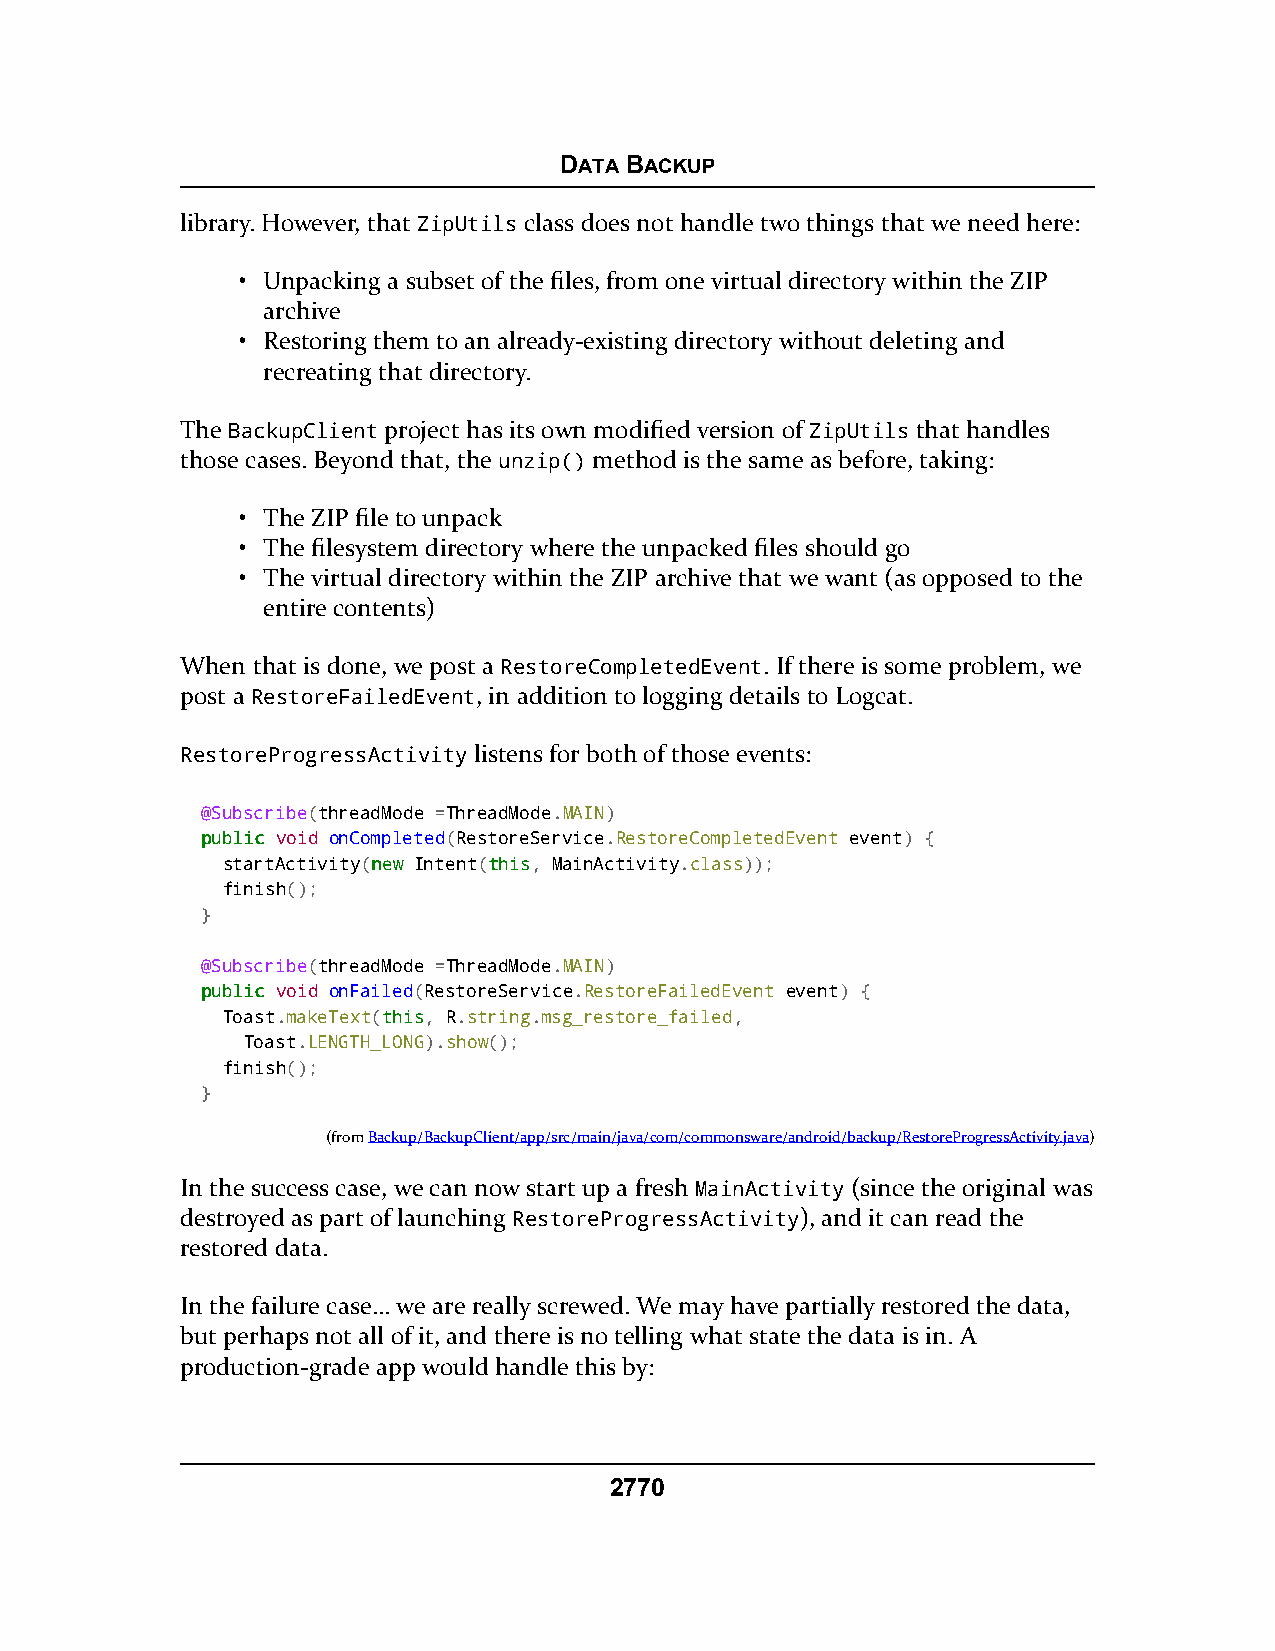
DATA BACKUP
 library. However, that ZipUtils class does not handle two things that we need here:
 • Unpacking a subset of the files, from one virtual directory within the ZIP
 archive
 • Restoring them to an already-existing directory without deleting and
 recreating that directory.
 The BackupClient project has its own modified version of ZipUtils that handles
 those cases. Beyond that, the unzip() method is the same as before, taking:
 • The ZIP file to unpack
 • The filesystem directory where the unpacked files should go
 • The virtual directory within the ZIP archive that we want (as opposed to the
 entire contents)
 When that is done, we post a RestoreCompletedEvent. If there is some problem, we
 post a RestoreFailedEvent, in addition to logging details to Logcat.
 RestoreProgressActivity listens for both of those events:
 @Subscribe(threadMode =ThreadMode.MAIN)
 ppuubblliicc void onCompleted(RestoreService.RestoreCompletedEvent event) {
 startActivity(nneeww Intent(tthhiiss, MainActivity.class));
 finish();
 }
 @Subscribe(threadMode =ThreadMode.MAIN)
 ppuubblliicc void onFailed(RestoreService.RestoreFailedEvent event) {
 Toast.makeText(tthhiiss, R.string.msg_restore_failed,
 Toast.LENGTH_LONG).show();
 finish();
 }
 (fromBackup/BackupClient/app/src/main/java/com/commonsware/android/backup/RestoreProgressActivity.java)
 In the success case, we can now start up a fresh MainActivity (since the original was
 destroyed as part of launching RestoreProgressActivity), and it can read the
 restored data.
 In the failure case… we are really screwed. We may have partially restored the data,
 but perhaps not all of it, and there is no telling what state the data is in. A
 production-grade app would handle this by:
 2770